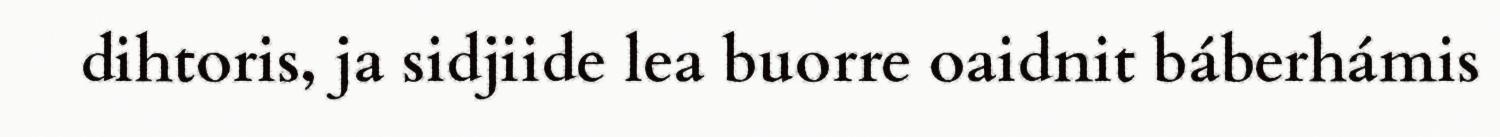
dihtoris, ja sidjiide lea buorre oaidnit báberhámis